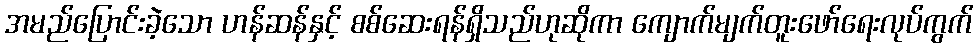
အမည်ပြောင်းခဲ့သော ဟန်ဆန်နှင့် စစ်ဆေးရန်ရှိသည်ဟုဆိုကာ ကျောက်မျက်တူးဖော်ရေးလုပ်ကွက်